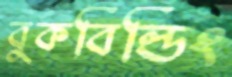
বুকবিল্ডিং